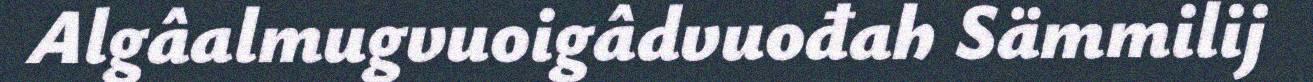
Algâalmugvuoigâdvuođah Sämmilij